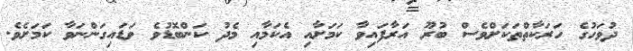
ދުވަހުގެ ހަރަކާތްތަކަށްވެސް ބުރޫ އަރާފައިވާ ކަމަށާއި އެކަމާއި މެދު ކަންބޮޑުވެ ވަަޑައިގަންނަވާ ކަމަށެވެ.